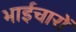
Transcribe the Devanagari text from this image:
भाईचारों